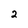
Character: 2